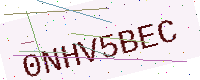
Text: 0NHV5BEC